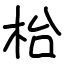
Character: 枱